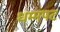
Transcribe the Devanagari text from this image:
धम्मपट